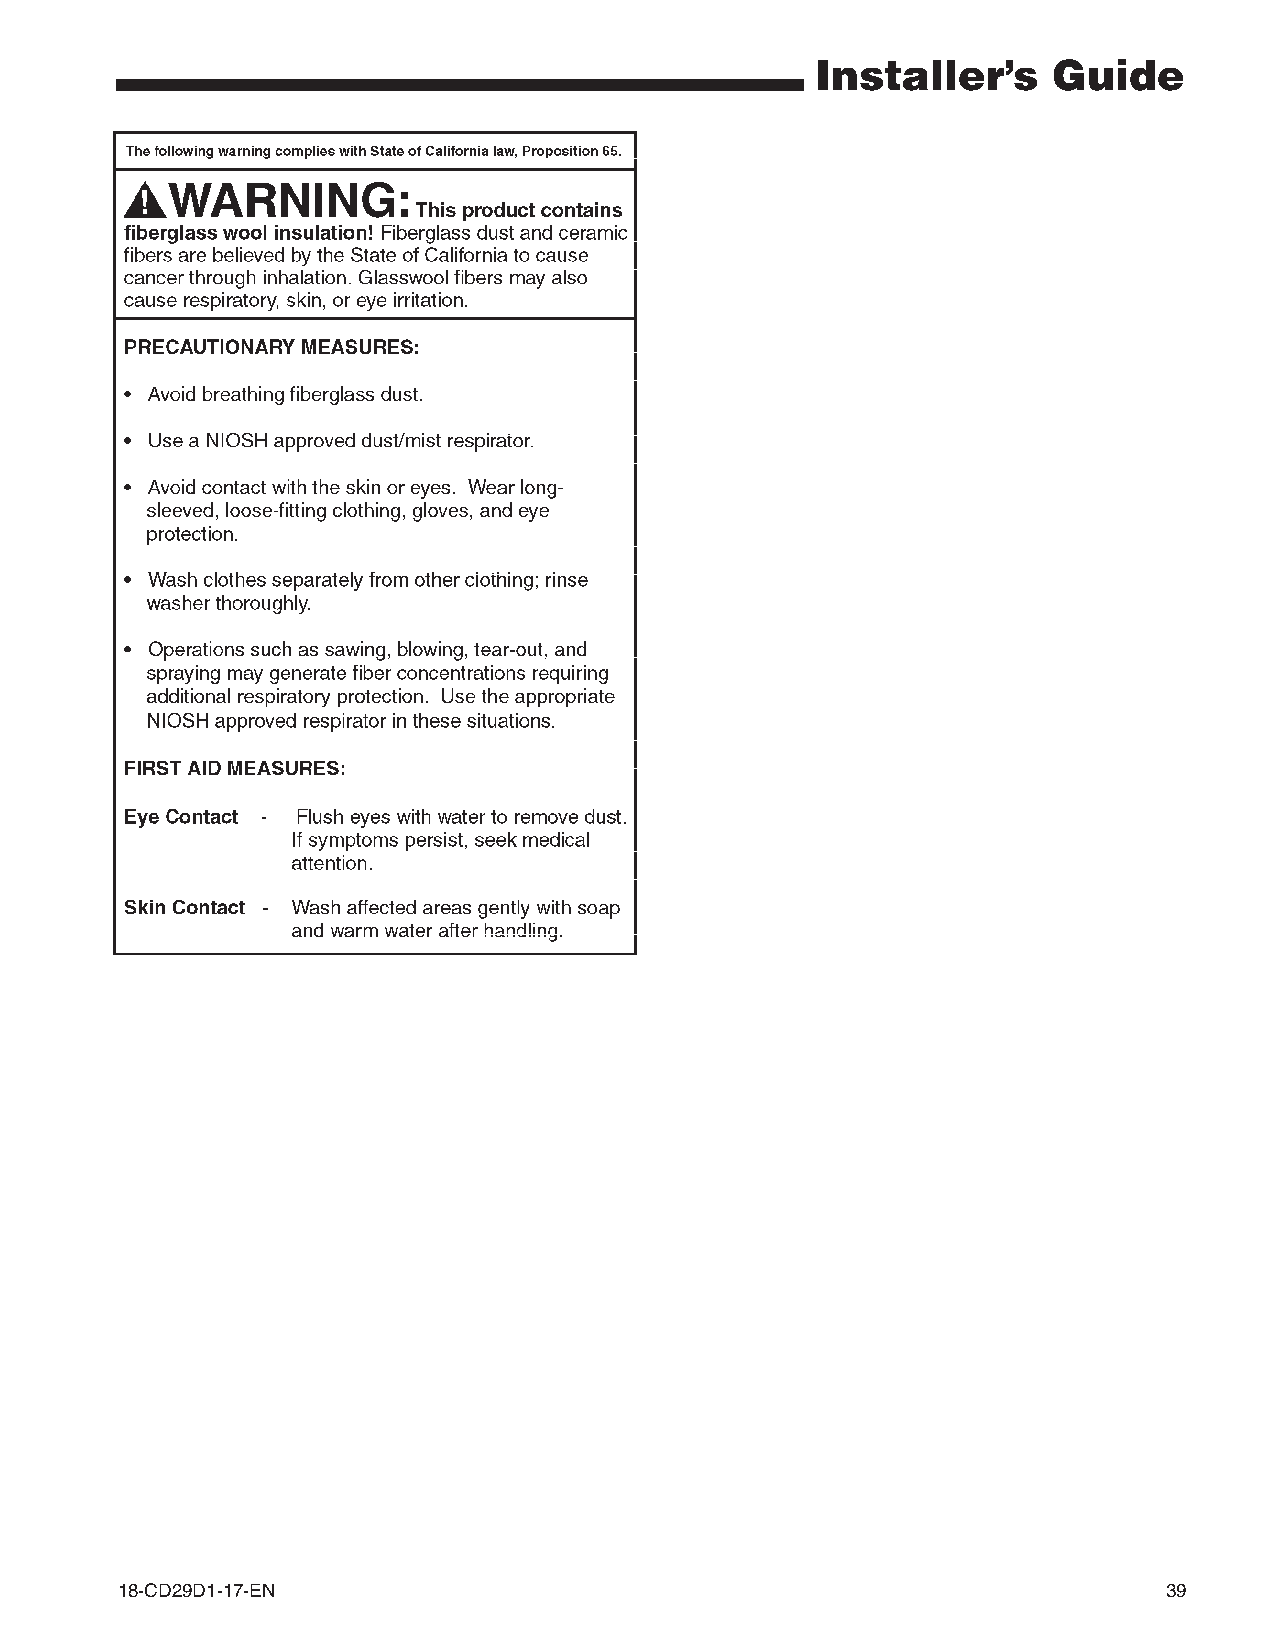
Installer’s     Guide
 18-CD29D1-17-EN                                                      39